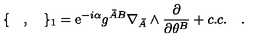
\{ \quad , \quad \} _ { 1 } = \mathrm { e } ^ { - i \alpha } { g ^ { { \bar { A } } B } } \nabla _ { \bar { A } } \wedge \frac { \partial } { \partial \theta ^ { B } } + c . c . \quad .